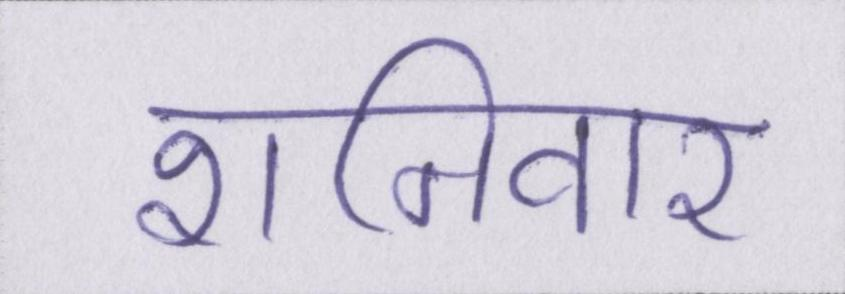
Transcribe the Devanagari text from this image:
शनिवार